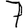
Digit: 7